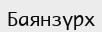
Баянзүрх